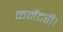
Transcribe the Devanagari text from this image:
कमेंटरी।